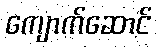
ကျောက်ဆောင်